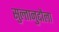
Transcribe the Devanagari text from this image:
सुल्तानुद्दौला